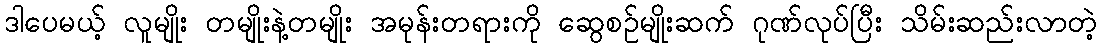
ဒါပေမယ့် လူမျိုး တမျိုးနဲ့တမျိုး အမုန်းတရားကို ဆွေစဉ်မျိုးဆက် ဂုဏ်လုပ်ပြီး သိမ်းဆည်းလာတဲ့